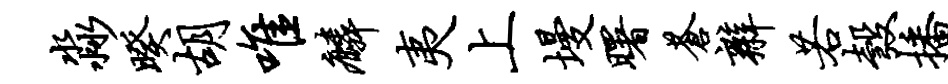
淼暌胡唯麟夷上墁曙苍辫若彀播